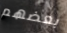
بعضهم